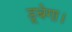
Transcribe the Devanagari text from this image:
डूबेगा।